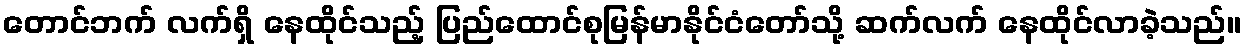
တောင်ဘက် လက်ရှိ နေထိုင်သည့် ပြည်ထောင်စုမြန်မာနိုင်ငံတော်သို့ ဆက်လက် နေထိုင်လာခဲ့သည်။